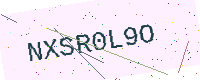
Text: NXSR0L9O